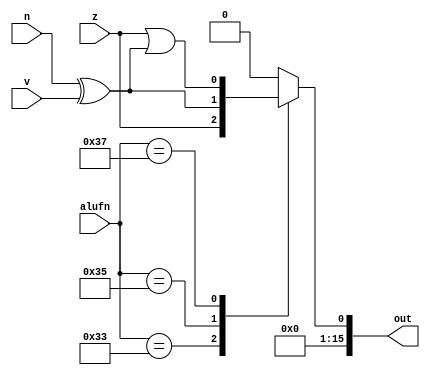
/*
   This file was generated automatically by Alchitry Labs version 1.2.1.
   Do not edit this file directly. Instead edit the original Lucid source.
   This is a temporary file and any changes made to it will be destroyed.
*/

module compare_18 (
    input z,
    input v,
    input n,
    input [5:0] alufn,
    output reg [15:0] out
  );
  
  
  
  always @* begin
    out = 16'h0000;
    
    case (alufn)
      default: begin
        out[0+0-:1] = 1'h0;
      end
      6'h33: begin
        out[0+0-:1] = z;
      end
      6'h35: begin
        out[0+0-:1] = n ^ v;
      end
      6'h37: begin
        out[0+0-:1] = z | (n ^ v);
      end
    endcase
  end
endmodule